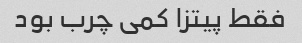
فقط پیتزا کمی چرب بود